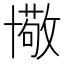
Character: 𠧂